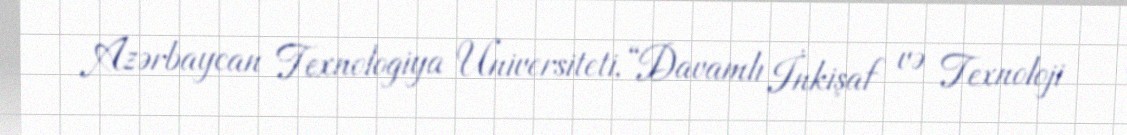
Azərbaycan Texnologiya Universiteti, “Davamlı İnkişaf və Texnoloji